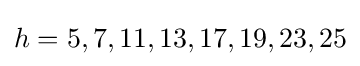
h=5,7,11,13,17,19,23,25